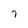
Character: 7